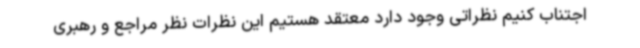
اجتناب کنیم نظراتی وجود دارد معتقد هستیم این نظرات نظر مراجع و رهبری